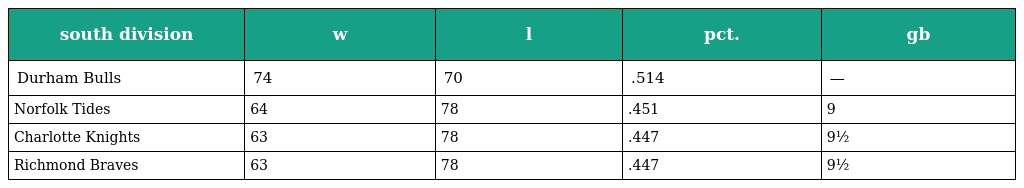
| south division | w | l | pct. | gb |
 | --- | --- | --- | --- | --- |
 | Durham Bulls | 74 | 70 | .514 | — |
 | Norfolk Tides | 64 | 78 | .451 | 9 |
 | Charlotte Knights | 63 | 78 | .447 | 9½ |
 | Richmond Braves | 63 | 78 | .447 | 9½ |